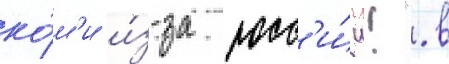
ко́м'и и́з-за росс'и́и!". в